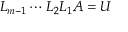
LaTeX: L _ { m - 1 } \cdots L _ { 2 } L _ { 1 } A = U